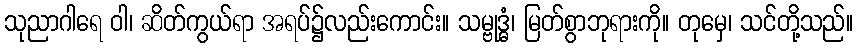
သုညာဂါရေ ဝါ၊ ဆိတ်ကွယ်ရာ အရပ်၌လည်းကောင်း။ သမ္ဗုဒ္ဓံ၊ မြတ်စွာဘုရားကို။ တုမှေ၊ သင်တို့သည်။